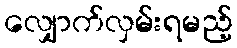
လျှောက်လှမ်းရမည့်